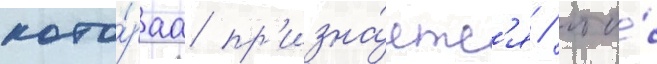
кото́раа пр'изна́етс'я / что́